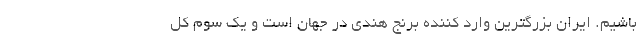
باشیم. ایران بزرگترین وارد کننده برنج هندی در جهان است و یک سوم کل